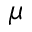
\mu